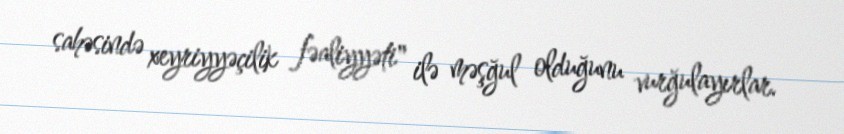
sahəsində xeyriyyəçilik fəaliyyəti" ilə məşğul olduğunu vurğulayırlar.